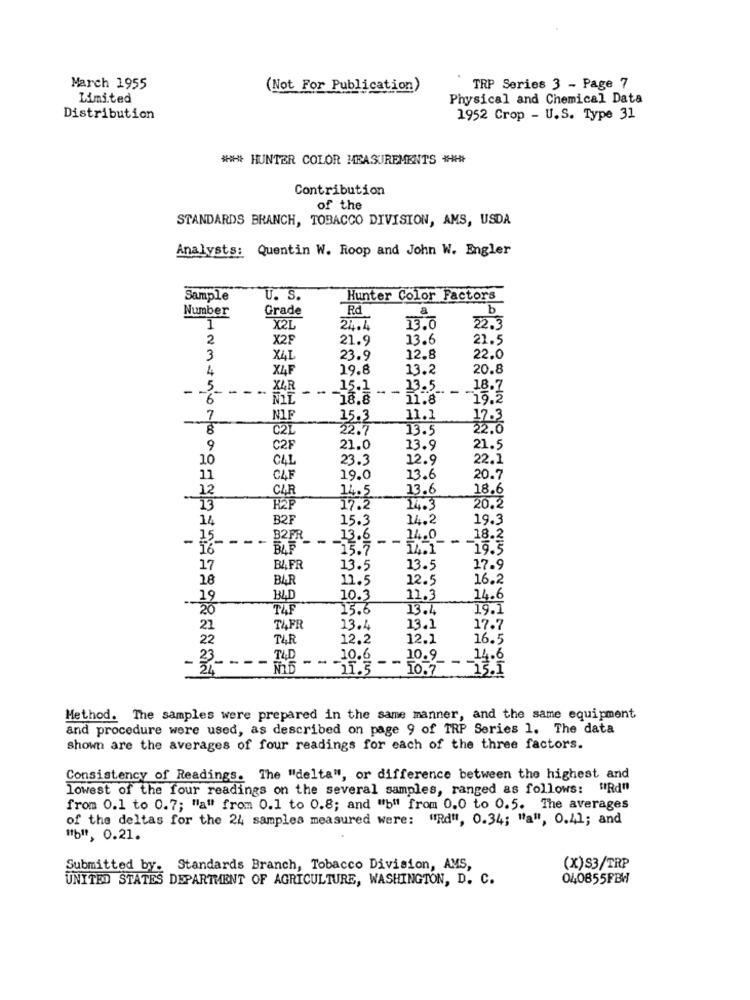
March 1955
(Not For Publication)
TRP Series 3 - Page 7
Limited
Physical and Chemical Data
Distribution
1952 Crop - U.S. Type 31
HUNTER COLOR MEASUREMENTS +
Contribution
of the
STANDARDS BRANCH, TOBACCO DIVISION, AMS, USDA
Analysts: Quentin W. Roop and John W. Engler
Sample
U. S.
Hunter Color Factors
Number
Grade
Rd
a
b
1
X2L
24.4
13.0
22.3
2
X2F
21.9
13.6
21.5
3
X4I
23.9
12.8
22.0
4
X4F
19.8
13.2
20.8
-
5
-
-
XLR
-
15.1
--
23.5
- -
18.7
-6
-18.8
19.2
7
NIF
15.3
11.1
17.3
C21
22.7
13.5
22.0
9
C2F
21.0
13.9
21.5
10
C41
23.3
12.9
22.1
11
CAF
19.0
13.6
20.7
12
CAR
14.5
13.6
18.6
H2P
17.2
14.3
20.2
14
B2F
15.3
14.2
19.3
-
15
-
-
--
B2FR
-
13.6
--
14.0_
-
18.2
ï6ª
BAF
15.7
19.5
17
B4FR
13.5
13.5
17.9
18
BAR
11.5
12.5
16.2
19
BAD
10.3
11.3
14.6
20
13.6
13.4
19.1
21
T4FR
13.4
13.1
17.7
22
12.2
12.1
16.5
-
23
-
-
-
- -
10.6
-
10.9
14.6
11.5
10.7
13.
Method. The samples were prepared in the same manner, and the same equipment
and procedure were used, as described on page 9 of TRP Series 1. The data
shown are the averages of four readings for each of the three factors.
Consistency of Readings. The "delta", or difference between the highest and
lowest of the four readings on the several samples, ranged as follows: "Rd"
from 0.1 to 0.7; "a" from 0.1 to 0.8; and "b" from 0.0 to 0.5. The averages
of the deltas for the 24 samples measured were: "Rd", 0.34; "a", 0.41; and
"b", 0.21.
Submitted by.
Standards Branch, Tobacco Division, AMS,
(X) S3/TRP
UNITED STATES DEPARTMENT OF AGRICULTURE, WASHINGTON, D. C.
040855FBW